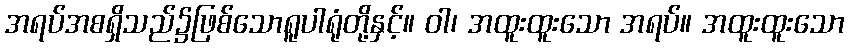
အရပ်အစရှိသည်၌ဖြစ်သောရူပါရုံတို့နှင့်။ ဝါ၊ အထူးထူးသော အရပ်။ အထူးထူးသော